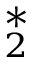
_ { 2 } ^ { * }